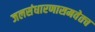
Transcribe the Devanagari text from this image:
जलसंधारणासमवेतच